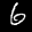
Digit: 6